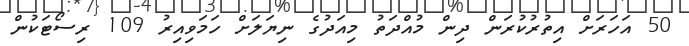
50 އަހަރަށް އިތުރުކުރަން ދިން މުއްދަތު މިއަދުގެ ނިޔަލަށް ހަމަވިއިރު 109 ރިސޯޓަކުން